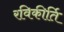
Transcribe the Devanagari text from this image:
रविकीर्ति